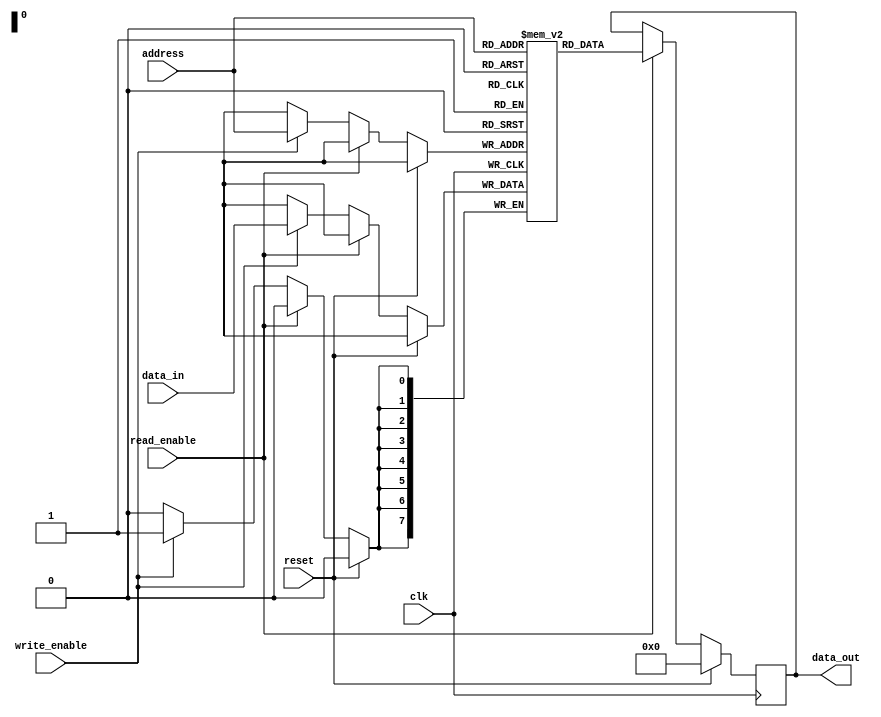
module EEPROM (
    input wire clk,
    input wire reset,
    input wire write_enable,
    input wire read_enable,
    input wire [7:0] data_in,
    input wire [7:0] address,
    output reg [7:0] data_out
);

reg [7:0] memory [0:255];

always @(posedge clk) begin
    if (reset) begin
        data_out <= 8'h00;
    end else begin
        if (read_enable) begin
            data_out <= memory[address];
        end else if (write_enable) begin
            memory[address] <= data_in;
        end
    end
end

endmodule